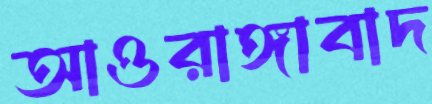
আওরাঙ্গাবাদ